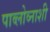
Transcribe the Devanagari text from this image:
पाव्लोव्नाशी